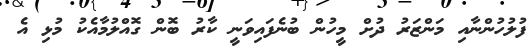
ފުލުހުންނާއި މަންޒަރު ދުށް މީހުން ބުނެފައިވަނީ ކާރު ބޮން ގޮއްލުމާއެކު މުޅި އެ